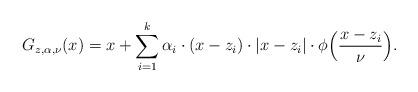
LaTeX: \begin{align*}G_{z,\alpha,\nu}(x) = x+\sum_{i=1}^k \alpha_i\cdot (x-z_i)\cdot |x-z_i|\cdot \phi \Bigl(\frac{x-z_i}{\nu}\Bigr).\end{align*}